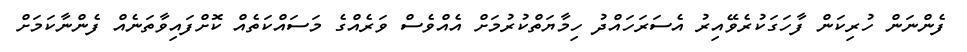
ފެންނަން ހުރިކަން ފާހަގަކުރެވޭއިރު އެސަރަހައްދު ހިމާޔަތްކުރުމަށް އެއްވެސް ވަރެއްގެ މަސައްކަތެއް ކޮށްފައިވާތަނެއް ފެންނާކަމަށް